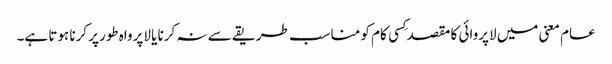
عام معنی میں لاپروائی کا مقصد کِسی کام کو مناسب طریقے سے نہ کرنا یا لاپرواہ طورپر کرنا ہوتا ہے۔